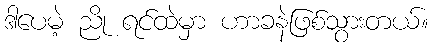
ဒါပေမဲ့ ညို ရင်ထဲမှာ ဟာခနဲဖြစ်သွားတယ်။